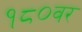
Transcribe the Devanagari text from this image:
१८०वर